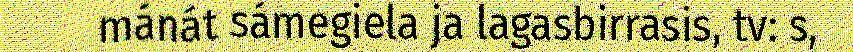
mánát sámegiela ja lagasbirrasis, tv: s,